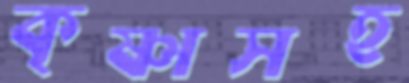
কৃষ্ণাসহ